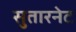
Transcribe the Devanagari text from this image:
सुतारनेट